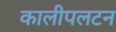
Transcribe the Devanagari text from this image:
कालीपलटन